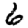
Digit: 6